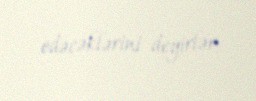
edəcəklərini deyirlər.